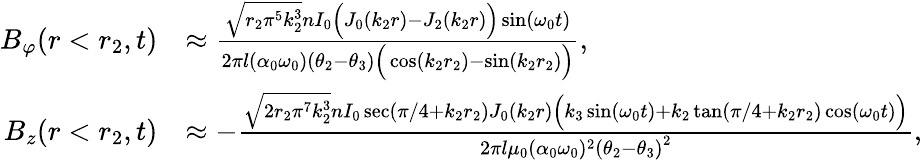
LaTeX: \begin{array}{rl}{B_{\varphi}(r<r_{2},t)}&{\approx\frac{\sqrt{r_{2}\pi^{5}k_{2}^{3}}nI_{0}\Big(J_{0}(k_{2}r)-J_{2}(k_{2}r)\Big)\sin(\omega_{0}t)}{2\pi l(\alpha_{0}\omega_{0})(\theta_{2}-\theta_{3})\Big(\cos(k_{2}r_{2})-\sin(k_{2}r_{2})\Big)},}\\ {B_{z}(r<r_{2},t)}&{\approx-\frac{\sqrt{2r_{2}\pi^{7}k_{2}^{3}}nI_{0}\sec(\pi/4+k_{2}r_{2})J_{0}(k_{2}r)\Big(k_{3}\sin(\omega_{0}t)+k_{2}\tan(\pi/4+k_{2}r_{2})\cos(\omega_{0}t)\Big)}{2\pi l\mu_{0}(\alpha_{0}\omega_{0})^{2}\left(\theta_{2}-\theta_{3}\right)^{2}},}\end{array}